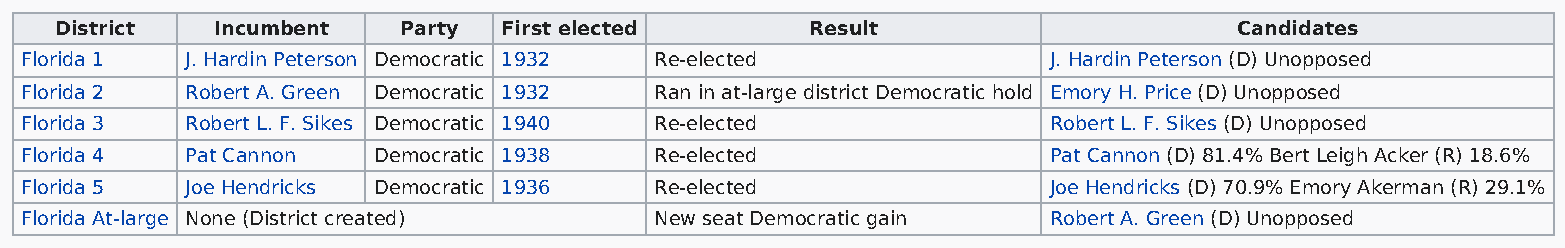
District  Incumbent    Party First elected        Result                      Candidates
 Florida 1  J. Hardin Peterson Democratic 1932 Re-elected            J. Hardin Peterson (D) Unopposed
 Florida 2  Robert A. Green Democratic 1932 Ran in at-large district Democratic hold Emory H. Price (D) Unopposed
 Florida 3  Robert L. F. Sikes Democratic 1940 Re-elected            Robert L. F. Sikes (D) Unopposed
 Florida 4  Pat Cannon   Democratic 1938   Re-elected                Pat Cannon (D) 81.4% Bert Leigh Acker (R) 18.6%
 Florida 5  Joe Hendricks Democratic 1936  Re-elected                Joe Hendricks (D) 70.9% Emory Akerman (R) 29.1%
 Florida At-large None (District created)  New seat Democratic gain  Robert A. Green (D) Unopposed